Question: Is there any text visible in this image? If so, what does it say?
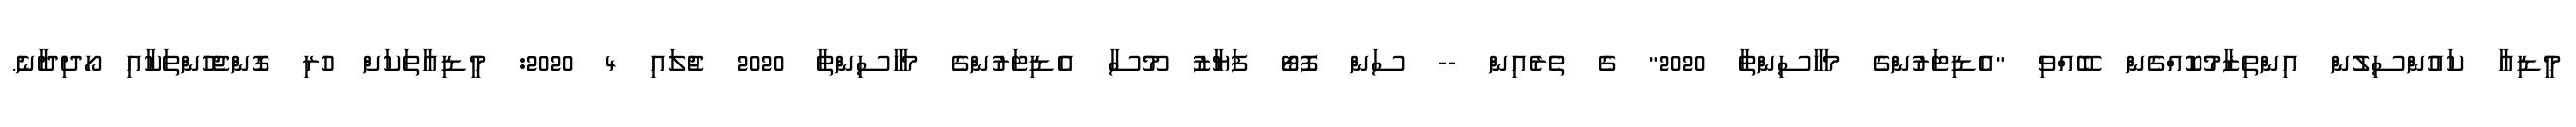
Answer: މީޑިއާ ކައުންސިލުން އިންތިޒާމުކޮއްގެން ބޭއްވި "އެޑިޓަރުންގެ މަހާސިންތާ 2020" ގެ ތެރެއިން -- ސަން ފޮޓޯ ފަޔާޒު މޫސާ އެޑިޓަރުންގެ މަހާސިންތާ 2020 ޖުލައި 4 2020: މީޑިއާތަކަށް ހުރި ގޮންޖެހުންތަކާއި ހޯދިދާނެ.